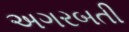
અગરબતી